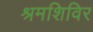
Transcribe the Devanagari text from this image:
श्रमशिविर